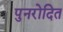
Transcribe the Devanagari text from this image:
पुनरोदित